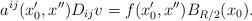
LaTeX: \begin{align*} a^{ij}(x_0',x'')D_{ij}v=f(x_0',x'')B_{R/2}(x_0).\end{align*}